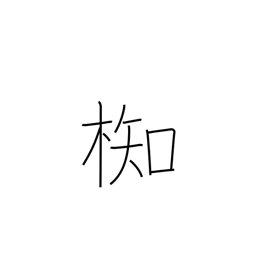
Meaning: type of evergreen tree